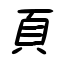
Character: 頁